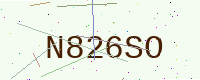
Text: N826SO